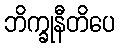
ဘိက္ခုနီတိပေ